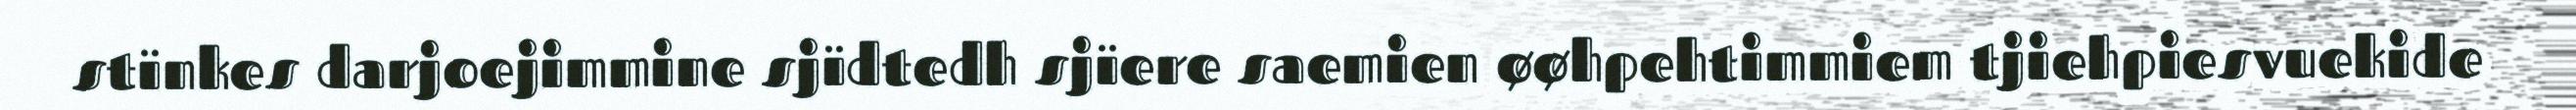
stïnkes darjoejimmine sjïdtedh sjïere saemien øøhpehtimmiem tjiehpiesvuekide